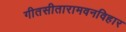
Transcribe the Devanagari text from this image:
गीतसीतारामवनविहार